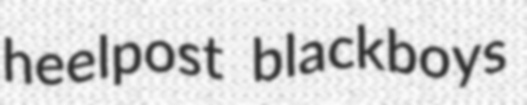
heelpost blackboys